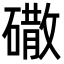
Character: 䃟